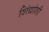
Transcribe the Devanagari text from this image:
शिंद्यांशी